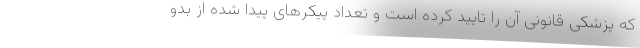
که پزشکی قانونی آن را تایید کرده است و تعداد پیکرهای پیدا شده از بدو